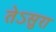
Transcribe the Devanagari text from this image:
तेऽसुरा